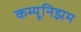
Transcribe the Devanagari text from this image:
कम्यूनिझम